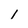
Character: i